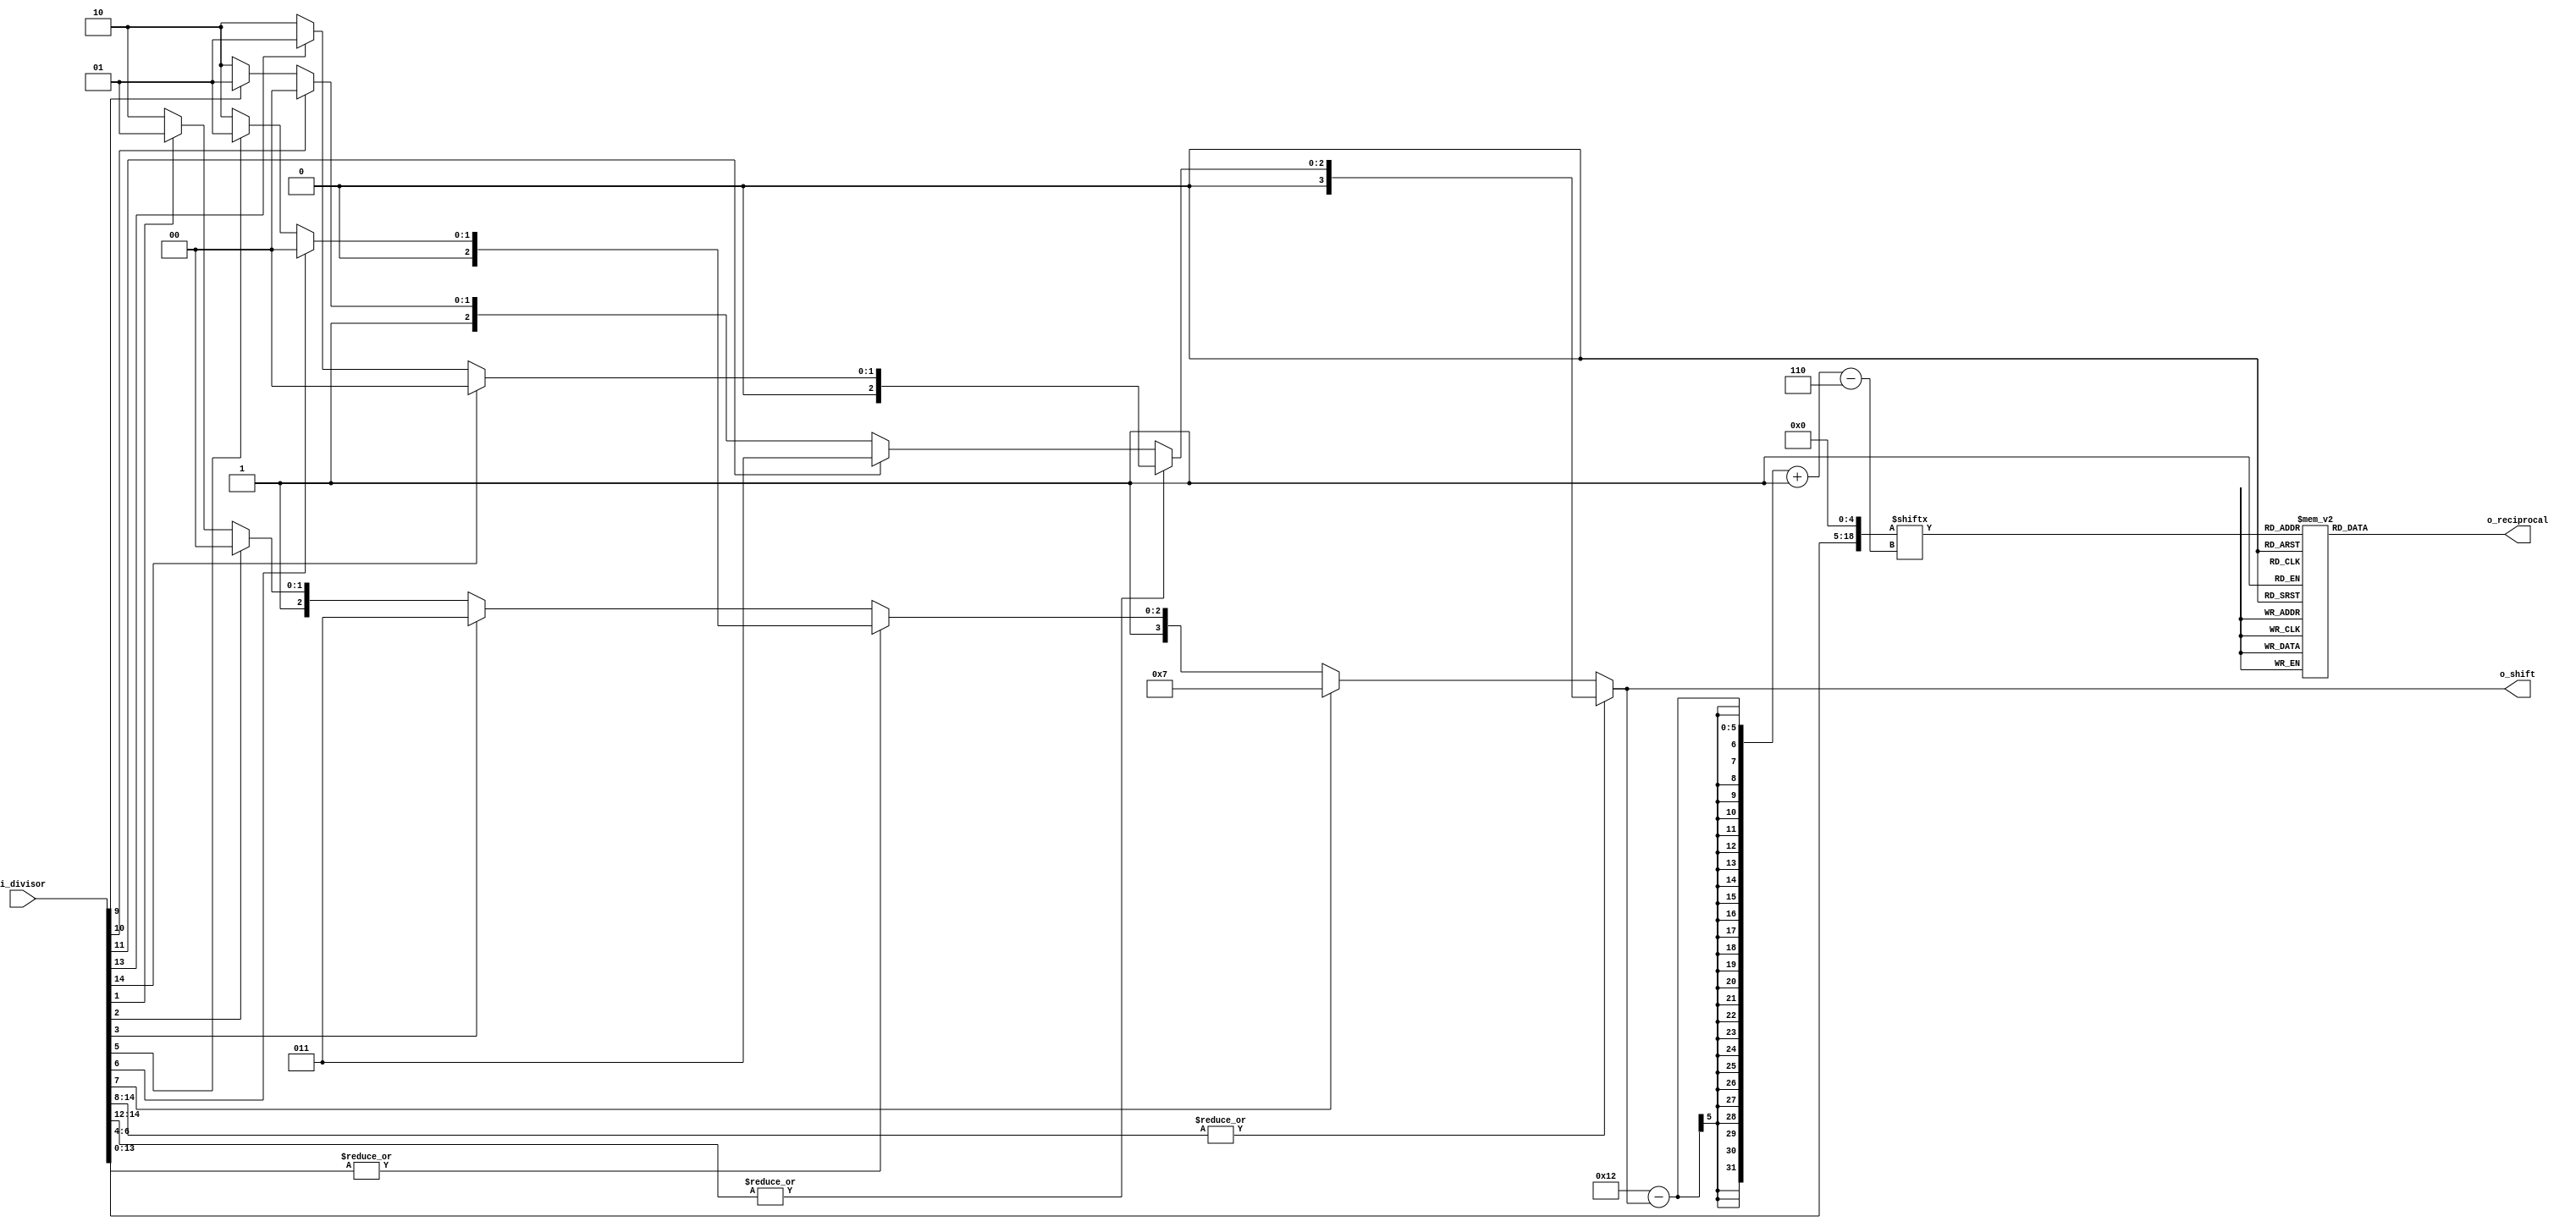
module Div_LUT (
    input  [15:0] i_divisor,
    output [15:0] o_reciprocal,
    output [ 3:0] o_shift
);
    reg  [15:0] reciprocal;
    reg  [ 3:0] shift;
    wire [18:0] temp0;
    
    assign o_reciprocal = reciprocal;
    assign o_shift      = shift;
    
    assign temp0 = {i_divisor[13:0], 5'b00000};

    always @(*) begin
        shift = 4'd0;
        if (|i_divisor[14:8]) begin
            if (|i_divisor[14:12]) begin
                if (i_divisor[14]) begin
                    shift = 4'd0;
                end
                else if (i_divisor[13]) begin
                    shift = 4'd1;
                end
                else begin
                    shift = 4'd2;
                end
            end
            else if (i_divisor[11]) begin
                shift = 4'd3;
            end
            else begin
                if (i_divisor[10]) begin
                    shift = 4'd4;
                end
                else if (i_divisor[9]) begin
                    shift = 4'd5;
                end
                else begin
                    shift = 4'd6;
                end
            end
        end
        else if (i_divisor[7]) begin
            shift = 4'd7;
        end
        else begin
            if (|i_divisor[6:4]) begin
                if (i_divisor[6]) begin
                    shift = 4'd8;
                end
                else if (i_divisor[5]) begin
                    shift = 4'd9;
                end
                else begin
                    shift = 4'd10;
                end
            end
            else if (i_divisor[3]) begin
                shift = 4'd11;
            end
            else begin
                if (i_divisor[2]) begin
                    shift = 4'd12;
                end
                else if (i_divisor[1]) begin
                    shift = 4'd13;
                end
                else begin
                    shift = 4'd14;
                end
            end
        end
    end

    always @(*) begin
        reciprocal = 16'b0000000000000000;
        case (temp0[18-shift -: 6])
            6'b000000: begin
                reciprocal = 16'b0111111111111111;
            end
            6'b000001: begin
                reciprocal = 16'b0111111000001000;
            end
            6'b000010: begin
                reciprocal = 16'b0111110000011111;
            end
            6'b000011: begin
                reciprocal = 16'b0111101001000101;
            end
            6'b000100: begin
                reciprocal = 16'b0111100001111000;
            end
            6'b000101: begin
                reciprocal = 16'b0111011010111010;
            end
            6'b000110: begin
                reciprocal = 16'b0111010100000111;
            end
            6'b000111: begin
                reciprocal = 16'b0111001101100001;
            end
            6'b001000: begin
                reciprocal = 16'b0111000111000111;
            end
            6'b001001: begin
                reciprocal = 16'b0111000000111000;
            end
            6'b001010: begin
                reciprocal = 16'b0110111010110100;
            end
            6'b001011: begin
                reciprocal = 16'b0110110100111010;
            end
            6'b001100: begin
                reciprocal = 16'b0110101111001010;
            end
            6'b001101: begin
                reciprocal = 16'b0110101001100100;
            end
            6'b001110: begin
                reciprocal = 16'b0110100100000111;
            end
            6'b001111: begin
                reciprocal = 16'b0110011110110010;
            end
            6'b010000: begin
                reciprocal = 16'b0110011001100110;
            end
            6'b010001: begin
                reciprocal = 16'b0110010100100011;
            end
            6'b010010: begin
                reciprocal = 16'b0110001111100111;
            end
            6'b010011: begin
                reciprocal = 16'b0110001010110011;
            end
            6'b010100: begin
                reciprocal = 16'b0110000110000110;
            end
            6'b010101: begin
                reciprocal = 16'b0110000001100000;
            end
            6'b010110: begin
                reciprocal = 16'b0101111101000001;
            end
            6'b010111: begin
                reciprocal = 16'b0101111000101001;
            end
            6'b011000: begin
                reciprocal = 16'b0101110100010111;
            end
            6'b011001: begin
                reciprocal = 16'b0101110000001100;
            end
            6'b011010: begin
                reciprocal = 16'b0101101100000110;
            end
            6'b011011: begin
                reciprocal = 16'b0101101000000110;
            end
            6'b011100: begin
                reciprocal = 16'b0101100100001011;
            end
            6'b011101: begin
                reciprocal = 16'b0101100000010110;
            end
            6'b011110: begin
                reciprocal = 16'b0101011100100110;
            end
            6'b011111: begin
                reciprocal = 16'b0101011000111011;
            end
            6'b100000: begin
                reciprocal = 16'b0101010101010101;
            end
            6'b100001: begin
                reciprocal = 16'b0101010001110100;
            end
            6'b100010: begin
                reciprocal = 16'b0101001110011000;
            end
            6'b100011: begin
                reciprocal = 16'b0101001010111111;
            end
            6'b100100: begin
                reciprocal = 16'b0101000111101100;
            end
            6'b100101: begin
                reciprocal = 16'b0101000100011100;
            end
            6'b100110: begin
                reciprocal = 16'b0101000001010000;
            end
            6'b100111: begin
                reciprocal = 16'b0100111110001001;
            end
            6'b101000: begin
                reciprocal = 16'b0100111011000101;
            end
            6'b101001: begin
                reciprocal = 16'b0100111000000101;
            end
            6'b101010: begin
                reciprocal = 16'b0100110101001000;
            end
            6'b101011: begin
                reciprocal = 16'b0100110010010000;
            end
            6'b101100: begin
                reciprocal = 16'b0100101111011010;
            end
            6'b101101: begin
                reciprocal = 16'b0100101100101000;
            end
            6'b101110: begin
                reciprocal = 16'b0100101001111001;
            end
            6'b101111: begin
                reciprocal = 16'b0100100111001101;
            end
            6'b110000: begin
                reciprocal = 16'b0100100100100101;
            end
            6'b110001: begin
                reciprocal = 16'b0100100001111111;
            end
            6'b110010: begin
                reciprocal = 16'b0100011111011100;
            end
            6'b110011: begin
                reciprocal = 16'b0100011100111100;
            end
            6'b110100: begin
                reciprocal = 16'b0100011010011111;
            end
            6'b110101: begin
                reciprocal = 16'b0100011000000100;
            end
            6'b110110: begin
                reciprocal = 16'b0100010101101100;
            end
            6'b110111: begin
                reciprocal = 16'b0100010011010111;
            end
            6'b111000: begin
                reciprocal = 16'b0100010001000100;
            end
            6'b111001: begin
                reciprocal = 16'b0100001110110100;
            end
            6'b111010: begin
                reciprocal = 16'b0100001100100110;
            end
            6'b111011: begin
                reciprocal = 16'b0100001010011010;
            end
            6'b111100: begin
                reciprocal = 16'b0100001000010001;
            end
            6'b111101: begin
                reciprocal = 16'b0100000110001001;
            end
            6'b111110: begin
                reciprocal = 16'b0100000100000100;
            end
            6'b111111: begin
                reciprocal = 16'b0100000010000001;
            end
            default: begin
                reciprocal = 16'b0000000000000000;
            end
        endcase
    end
endmodule